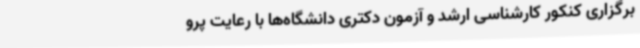
برگزاری کنکور کارشناسی ارشد و آزمون دکتری دانشگاه‌ها با رعایت پرو